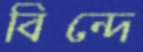
বিন্দে